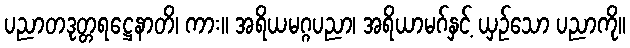
ပညာတဒုတ္တရဋ္ဌေနာတိ၊ ကား။ အရိယမဂ္ဂပညာ၊ အရိယာမဂ်နှင့် ယှဉ်သော ပညာကို။